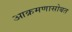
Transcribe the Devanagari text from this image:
आक्रमणासोबत